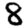
Digit: 8